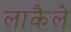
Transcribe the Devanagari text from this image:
लाकैले